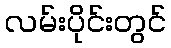
လမ်းပိုင်းတွင်